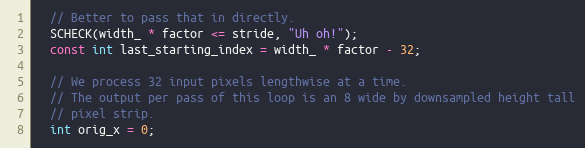
Language: C++
  // Better to pass that in directly.
  SCHECK(width_ * factor <= stride, "Uh oh!");
  const int last_starting_index = width_ * factor - 32;

  // We process 32 input pixels lengthwise at a time.
  // The output per pass of this loop is an 8 wide by downsampled height tall
  // pixel strip.
  int orig_x = 0;